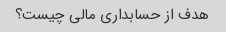
هدف از حسابداری مالی چیست؟